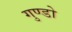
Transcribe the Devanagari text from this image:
गुण्डो